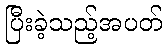
ပြီးခဲ့သည့်အပတ်